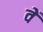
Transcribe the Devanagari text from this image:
वेँ